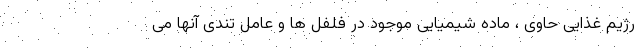
رژیم غذایی حاوی ، ماده شیمیایی موجود در فلفل ها و عامل تندی آنها می